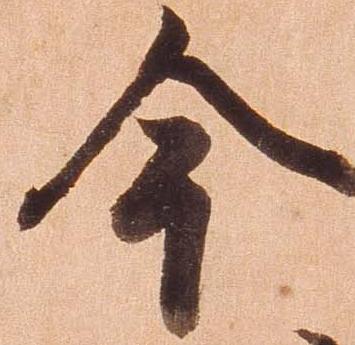
今